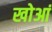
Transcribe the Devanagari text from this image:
खोआं